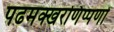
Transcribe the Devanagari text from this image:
पढमक्खरणिप्पणो